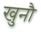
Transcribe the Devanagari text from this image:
खुनौ